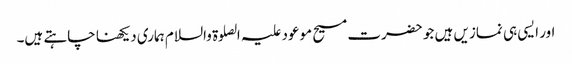
اور ایسی ہی نمازیں ہیں جو حضرت مسیح موعود علیہ الصلوۃ والسلام ہماری دیکھنا چاہتے ہیں۔